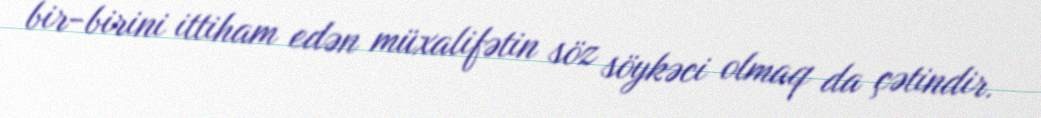
bir-birini ittiham edən müxalifətin söz söykəci olmaq da çətindir.